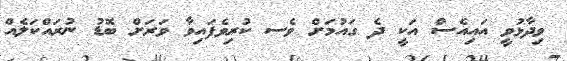
ވިދާޅުވީ އައިއެސް އަކީ ދެ ގައުމަށް ވެސ ކުރިވެފައިވާ ވަރަށް ބޮޑު ނުރައްކަލެއް